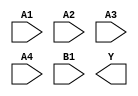
module sky130_fd_sc_hs__o41ai (
    //# {{data|Data Signals}}
    input  A1,
    input  A2,
    input  A3,
    input  A4,
    input  B1,
    output Y
);

    // Voltage supply signals
    supply1 VPWR;
    supply0 VGND;

endmodule